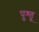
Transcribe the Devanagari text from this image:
पुश्तू